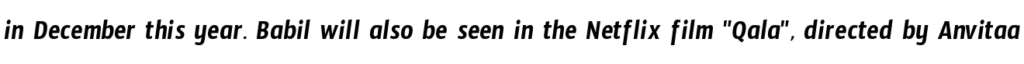
in December this year. Babil will also be seen in the Netflix film "Qala", directed by Anvitaa